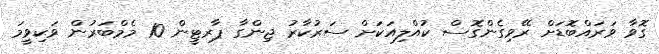
ގޮވާ ވަރައްބޮޑަށް ރޭވިގެންގޮސް ކުއްލިއަކަށް ސަރުކާރު ޖިންގާ ޕާރޓީން 10 މެމްބަރުން ވަކިވީމަ